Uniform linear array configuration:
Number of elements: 4
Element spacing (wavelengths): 0.5
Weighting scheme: blackman
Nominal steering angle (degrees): -45
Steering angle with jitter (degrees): -45.801
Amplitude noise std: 0.05
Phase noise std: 0.05

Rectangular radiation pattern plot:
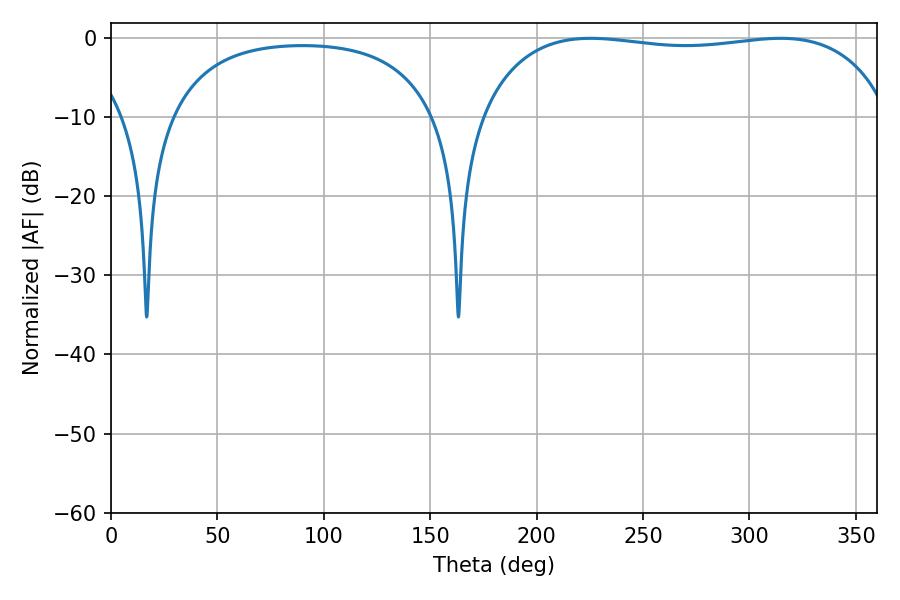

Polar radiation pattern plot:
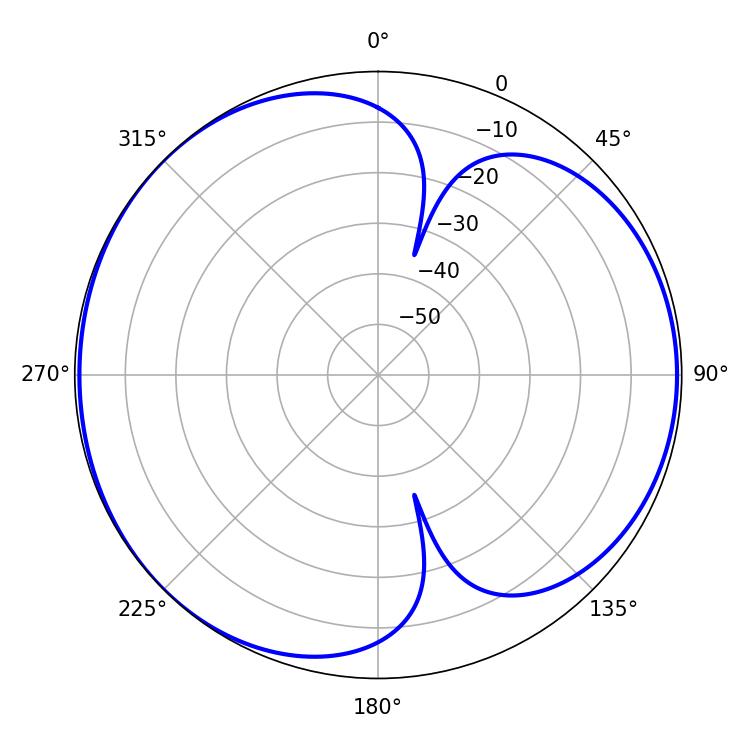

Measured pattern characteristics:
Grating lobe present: FALSE
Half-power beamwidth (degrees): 155.52
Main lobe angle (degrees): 225.36